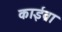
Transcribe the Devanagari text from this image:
काईब्रा